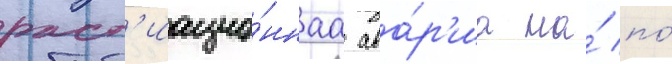
рад'иацио́ннаа ава́р'иа на́ по́